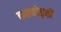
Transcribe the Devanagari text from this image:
कठफोड़वों